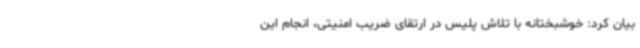
بیان کرد: خوشبختانه با تلاش پلیس در ارتقای ضریب امنیتی، انجام این